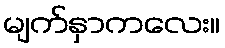
မျက်နှာကလေး။